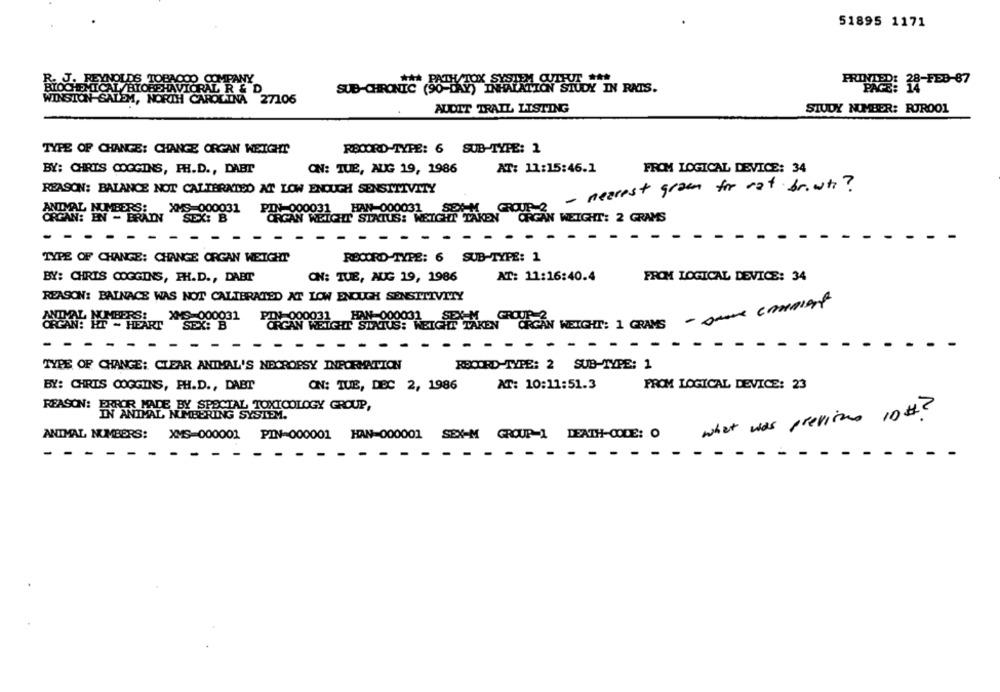
51895 1171
R. J. REYNOLDS TOBAOOO COMPANY
SUB-CHRONIC (SO KOLA
BIOCHEMICAL/BIOBEHAVIORAL R & D
ON STUDY IN RATS.
WINSTON-SALEM, NORTH CAROLINA 27106
AUDIT TRAIL LISTING
STUDY NUMBER: RUROO1
TYPE OF CHANGE: CHANGE ORGAN WEIGHT
RECORD-TYPE: 6 SUB-TYPE: 2
BY: CHRIS COGGINS, PH.D ., DABT
ON: TUE, AUG 19, 1986
AT: 11:15:46.1
FROM LOGICAL DEVICE: 34
- nearest grown for rat briwti?
REASON: BALANCE NOT CALIBRATED AT LOW ENOUGH SENSITIVITY
PIN-000031
HAN-000031 SEX-M
GROUP 2
ANDVAL NUMBERSi SEK B
ORGAN WEIGHT STATUS: WEIGHT TAKEN
ORGAN WEIGHT: 2 GRAMS
-
TYPE OF CHANGE: CHANGE ORGAN WEIGHT
RECORD-TYPE: 6 SUB-TYPE: 1
AT: 11:16:40.4
FROM LOGICAL DEVICE: 34
BY: CHRIS COGGINS, PH.D ., DAETT
ON: TUE, AUG 19, 1986
REASON: BAINACE WAS NOT CALIBRATED AT LOW ENOUGH SENSITIVITY
ORGAN WEIGHT: 1 GRAMS - DOUX CAMBIAR
HAN-000031
SEX
GROUP 2
XMS-000031
SEX: B
HT TAKEN
HEART
PHEN WEIGHT STATUS: WET
- -
-
TYPE OF CHANGE: CLEAR ANIMAL'S NECROPSY INFORMATION
RECORD-TYPE: 2 SUB-TYPE: 1
BY: CHRIS COGGINS, PH.D ., DAET
ON: TUE, DEC 2, 1986
AT: 10:11:51.3
PROM LOGICAL DEVICE: 23
REASON: ERROR MADE BY SPECIAL TOXICOLOGY GROUP,
IN ANIMAL NUMBERING SYSTEM.
* was previous 10 # ?
ANIMAL NUMBERS:
XMS=000001 PIN-000001 HAN=000001 SEX-M GROUP 1 DEATH-CODE: O
-
-
- - - -- - --
- - -
- -
-